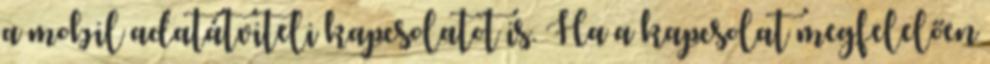
a mobil adatátviteli kapcsolatot is. Ha a kapcsolat megfelelően